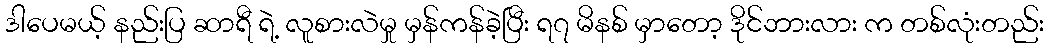
ဒါပေမယ့် နည်းပြ ဆာရီ ရဲ့ လူစားလဲမှု မှန်ကန်ခဲ့ပြီး ရ၇ မိနစ် မှာတော့ ဒိုင်ဘားလား က တစ်လုံးတည်း